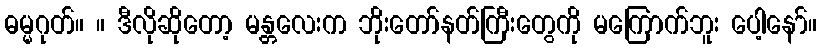
ဓမ္မဂုတ်။ ။ ဒီလိုဆိုတော့ မန္တလေးက ဘိုးတော်နတ်ကြီးတွေကို မကြောက်ဘူး ပေါ့နော်။